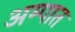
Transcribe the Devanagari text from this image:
अम्पात